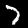
Digit: 7